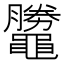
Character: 𪓺